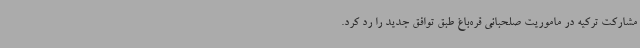
مشارکت ترکیه در ماموریت صلحبانی قره‌باغ طبق توافق جدید را رد کرد.